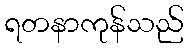
ရတနာကုန်သည်